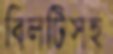
বিলটিসহ